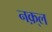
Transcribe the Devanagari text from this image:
नक़्ल